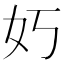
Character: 𮰷